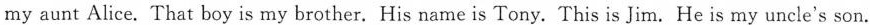
my aunt Alice. That boy is my brother. His name is Tony. This is Jim. He is my uncle's son.